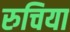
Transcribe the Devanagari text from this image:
रुचिया